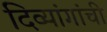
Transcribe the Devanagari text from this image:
दिव्यांगांची